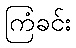
ကြံခင်း